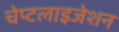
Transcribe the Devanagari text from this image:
चेप्टलाइजेशन